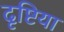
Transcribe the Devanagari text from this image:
दृष्टिया